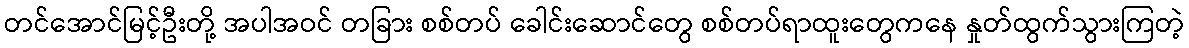
တင်အောင်မြင့်ဦးတို့ အပါအဝင် တခြား စစ်တပ် ခေါင်းဆောင်တွေ စစ်တပ်ရာထူးတွေကနေ နှုတ်ထွက်သွားကြတဲ့